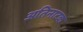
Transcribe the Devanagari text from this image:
अतिनाटक